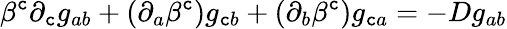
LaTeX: \beta^{\mathtt{c}}\partial_{\mathtt{c}}g_{ab}+(\partial_{a}\beta^{\mathtt{c}})g_{\mathtt{c}b}+(\partial_{b}\beta^{\mathtt{c}})g_{\mathtt{c}a}=-Dg_{ab}